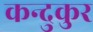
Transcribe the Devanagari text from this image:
कन्दुकुर